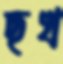
ছখ